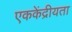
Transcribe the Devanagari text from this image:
एककेंद्रीयता